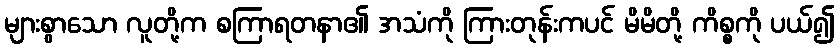
များစွာသော လူတို့က စကြာရတနာ၏ အသံကို ကြားတုန်းကပင် မိမိတို့ ကိစ္စကို ပယ်၍